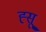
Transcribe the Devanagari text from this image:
ह्सू